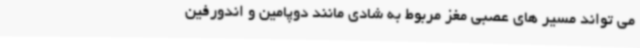
می تواند مسیر های عصبی مغز مربوط به شادی مانند دوپامین و اندورفین